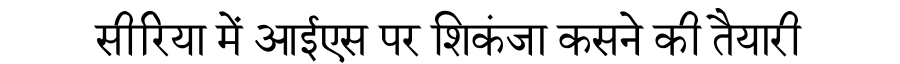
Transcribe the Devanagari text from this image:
सीरिया में आईएस पर शिकंजा कसने की तैयारी